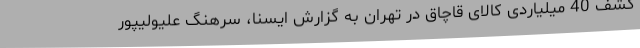
کشف 40 میلیاردی کالای قاچاق در تهران به گزارش ایسنا، سرهنگ علیولیپور